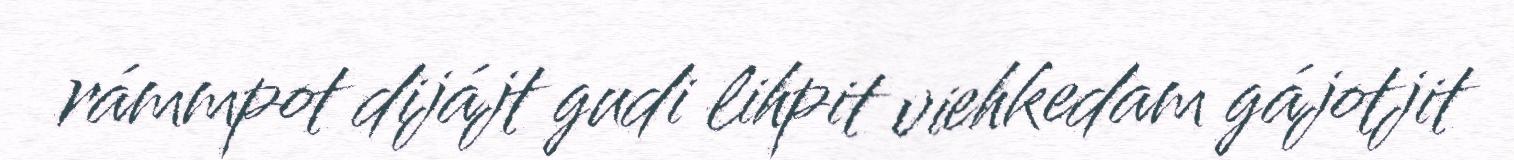
rámmpot dijájt gudi lihpit viehkedam gájotjit